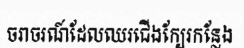
ចរាចរណ៍ដែលឈរជើងក្បែរកន្លែង